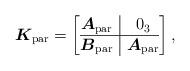
LaTeX: \begin{gather*}\boldsymbol{K}_{\rm par}=\left[\begin{array}{@{}c|c@{}}\boldsymbol{A}_{\rm par} &0_3 \\ \hline \boldsymbol{B}_{\rm par}&\boldsymbol{A}_{\rm par}\\ \end{array}\right ],\end{gather*}